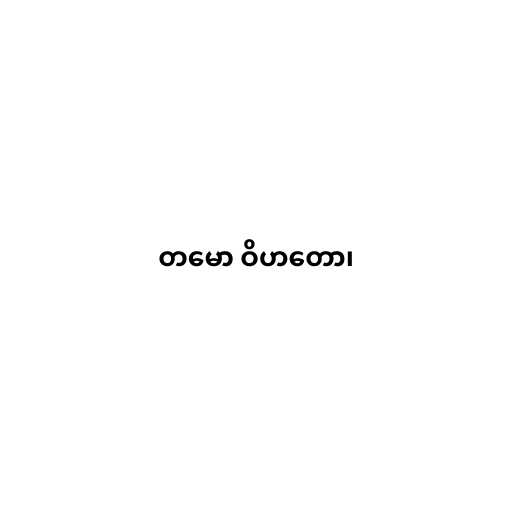
တမော ဝိဟတော၊